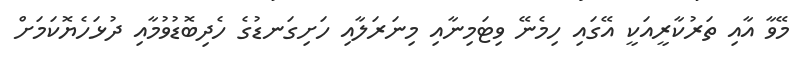
މޭވާ އާއި ތަރުކާރީއަކީ އޭގައި ހިމެނޭ ވިޓަމިނާއި މިނަރަލާއި ހަށިގަނޑުގެ ހެދިބޮޑުވުމާއި ދުޅަހެޔޮކަމަށް